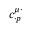
c _ { \cdot p } ^ { \mu \cdot }